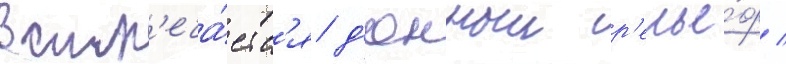
встр'еча́етс'я д'юнныи р'елье́ф /